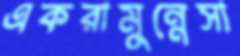
একরামুন্নেসা